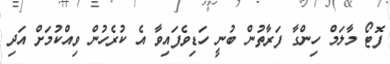
ފޮޓޯ މާލަމް ހިންގާ ފަރާތުން ބުނީ ހަޑިވެފައިވާ އެ ކުރެހުން ވިއްކުމަށް އަދި